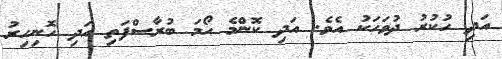
އަދި ހުކުރު ދުވަހަކު އެވެ. އަދި ކޮންމެ ހޯމަ ބުރާސްފަތި އަދި ހޮނިހިރު